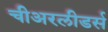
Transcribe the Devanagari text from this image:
चीअरलीडर्स